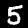
Label: 5